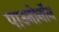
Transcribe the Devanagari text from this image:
पाउनोनॉन